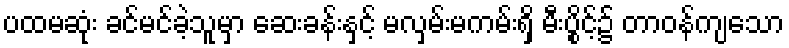
ပထမဆုံး ခင်မင်ခဲ့သူမှာ ဆေးခန်းနှင့် မလှမ်းမကမ်းရှိ မီးပွိုင့်၌ တာဝန်ကျသော